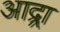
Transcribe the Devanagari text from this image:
आद्र्रा